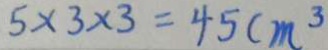
5 \times 3 \times 3 = 4 5 c m ^ { 3 }